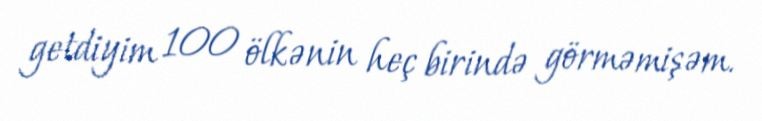
getdiyim 100 ölkənin heç birində görməmişəm.